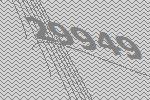
29949